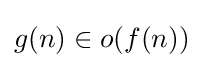
g(n)\in o(f(n))